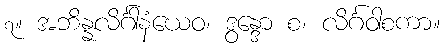
၇။ အဘိန္နလိင်္ဂါနံယေဝ၊ ဒွန္ဒော စ၊ လိင်္ဂဝါစကာ။